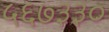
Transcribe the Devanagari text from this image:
५६७३३०